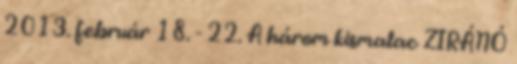
2013. február 18. - 22. A három kismalac ZIRÁNÓ